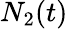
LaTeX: N_{2}(t)